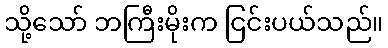
သို့သော် ဘကြီးမိုးက ငြင်းပယ်သည်။